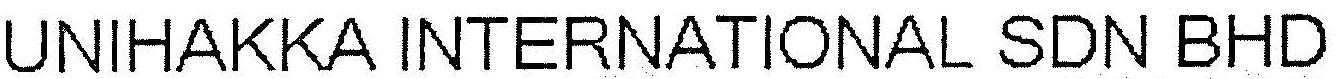
UNIHAKKA INTERNATIONAL SDN BHD